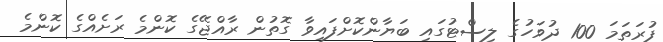
ފުރަތަމަ 100 ދުވަހުގެ ލިސްޓުގައި ބަޔާންކޮށްފައިވާ ގޮތުން ރާއްޖޭގެ ކޮންމެ ރަށެއްގެ ކޮންމެ